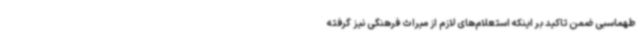
طهماسبی ضمن تاکید بر اینکه استعلام‌های لازم از میراث فرهنگی نیز گرفته